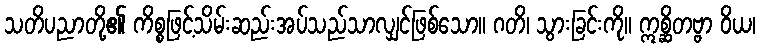
သတိပညာတို့၏ ကိစ္စဖြင့်သိမ်းဆည်းအပ်သည်သာလျှင်ဖြစ်သော။ ဂတိ၊ သွားခြင်းကို။ ဣစ္ဆိတဗ္ဗာ ဝိယ၊